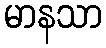
မာနသာ